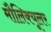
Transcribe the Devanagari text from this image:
मौलिक्यूलर